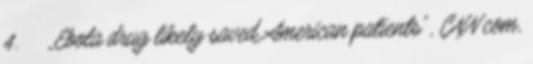
4. ↑ „Ebola drug likely saved American patients”, CNN.com,